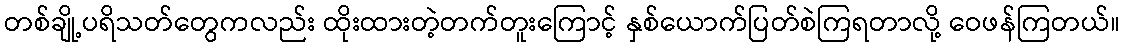
တစ်ချို့ပရိသတ်တွေကလည်း ထိုးထားတဲ့တက်တူးကြောင့် နှစ်ယောက်ပြတ်စဲကြရတာလို့ ဝေဖန်ကြတယ်။